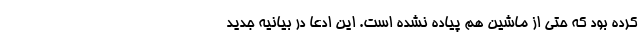
کرده بود که حتی از ماشین هم پیاده نشده است. این ادعا در بیانیه جدید